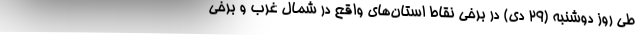
طی روز دوشنبه (۲۹ دی) در برخی نقاط استان‌های واقع در شمال غرب و برخی